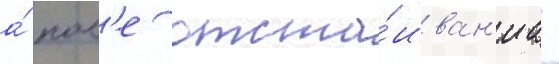
а́ посл'е отста́иван'иа -